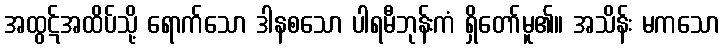
အထွဋ်အထိပ်သို့ ရောက်သော ဒါနစသော ပါရမီဘုန်းကံ ရှိတော်မူ၏။ အသိန်း မကသော